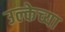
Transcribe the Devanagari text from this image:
उल्केच्या